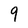
Character: 9